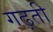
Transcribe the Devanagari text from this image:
गढ़ती